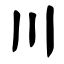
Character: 〣